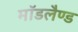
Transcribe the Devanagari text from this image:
मॉडलैण्ड